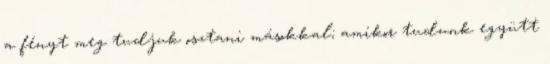
a fényt meg tudjuk osztani másokkal; amikor tudunk együtt